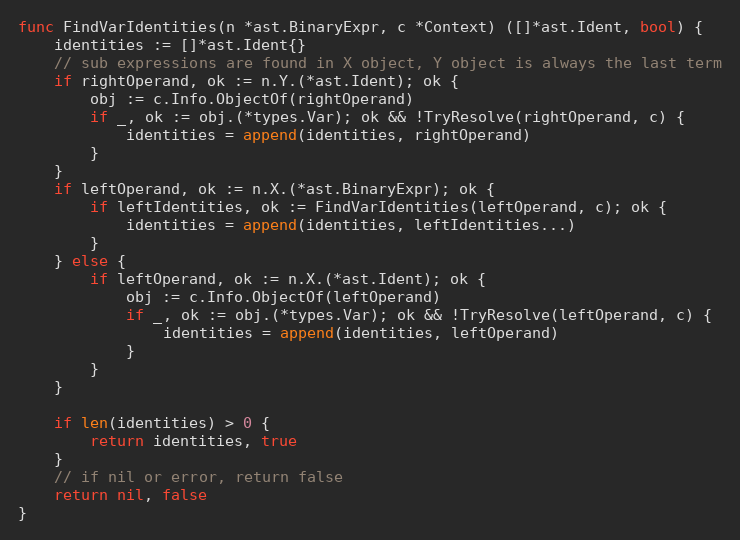
Language: Go
func FindVarIdentities(n *ast.BinaryExpr, c *Context) ([]*ast.Ident, bool) {
	identities := []*ast.Ident{}
	// sub expressions are found in X object, Y object is always the last term
	if rightOperand, ok := n.Y.(*ast.Ident); ok {
		obj := c.Info.ObjectOf(rightOperand)
		if _, ok := obj.(*types.Var); ok && !TryResolve(rightOperand, c) {
			identities = append(identities, rightOperand)
		}
	}
	if leftOperand, ok := n.X.(*ast.BinaryExpr); ok {
		if leftIdentities, ok := FindVarIdentities(leftOperand, c); ok {
			identities = append(identities, leftIdentities...)
		}
	} else {
		if leftOperand, ok := n.X.(*ast.Ident); ok {
			obj := c.Info.ObjectOf(leftOperand)
			if _, ok := obj.(*types.Var); ok && !TryResolve(leftOperand, c) {
				identities = append(identities, leftOperand)
			}
		}
	}

	if len(identities) > 0 {
		return identities, true
	}
	// if nil or error, return false
	return nil, false
}